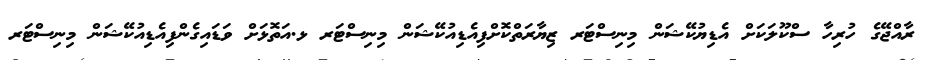
ރާއްޖޭގެ ހުރިހާ ސްކޫލަކަށް އެޑިޔުކޭޝަން މިނިސްޓަރ ޒިޔާރަތްކޮށްފިއެޑިއުކޭޝަން މިނިސްޓަރ ޅ.އަތޮޅަށް ވަޑައިގެންފިއެޑިއުކޭޝަން މިނިސްޓަރ